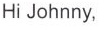
Hi Johnny,